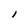
Character: l